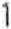
1